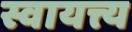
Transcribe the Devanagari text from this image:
स्वायत्त्य